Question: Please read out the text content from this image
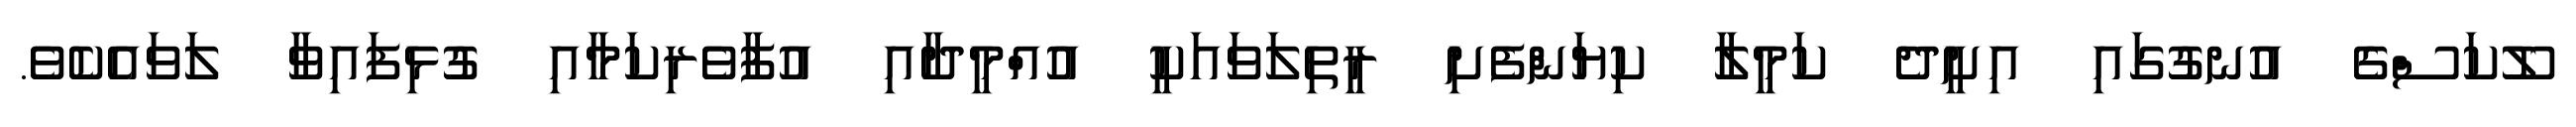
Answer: ލޫކަސްގެ އުނގުގައި އިށީދެ ކަމީލާ ކިޔަންފެށި ރީތިލަވައަކީ އުއްމީދާއި އުފާވެރިކަމާއި ގުޅިފައިވާ ލަވައެކެވެ.